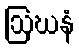
ဩဃနံ